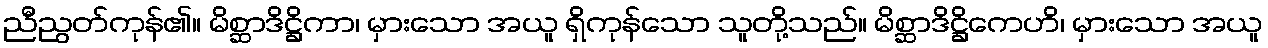
ညီညွတ်ကုန်၏။ မိစ္ဆာဒိဋ္ဌိကာ၊ မှားသော အယူ ရှိကုန်သော သူတို့သည်။ မိစ္ဆာဒိဋ္ဌိကေဟိ၊ မှားသော အယူ